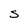
Character: S